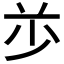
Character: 𰰦